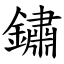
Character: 鏽